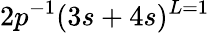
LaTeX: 2p^{-1}(3s+4s)^{L=1}